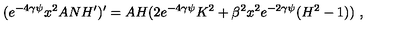
( e ^ { - 4 \gamma \psi } x ^ { 2 } A N H ^ { \prime } ) ^ { \prime } = A H ( 2 e ^ { - 4 \gamma \psi } K ^ { 2 } + \beta ^ { 2 } x ^ { 2 } e ^ { - 2 \gamma \psi } ( H ^ { 2 } - 1 ) ) \ ,